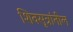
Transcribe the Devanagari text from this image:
शिवसूत्रांतील